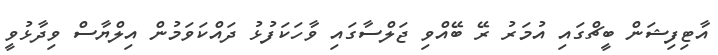
އާޓިފިޝަން ބީޗްގައި އުމަރު ރޭ ބޭއްވި ޖަލްސާގައި ވާހަކަފުޅު ދައްކަވަމުން އިލްޔާސް ވިދާޅުވީ